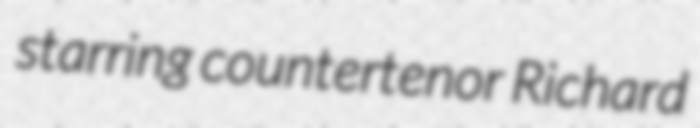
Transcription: starring countertenor Richard